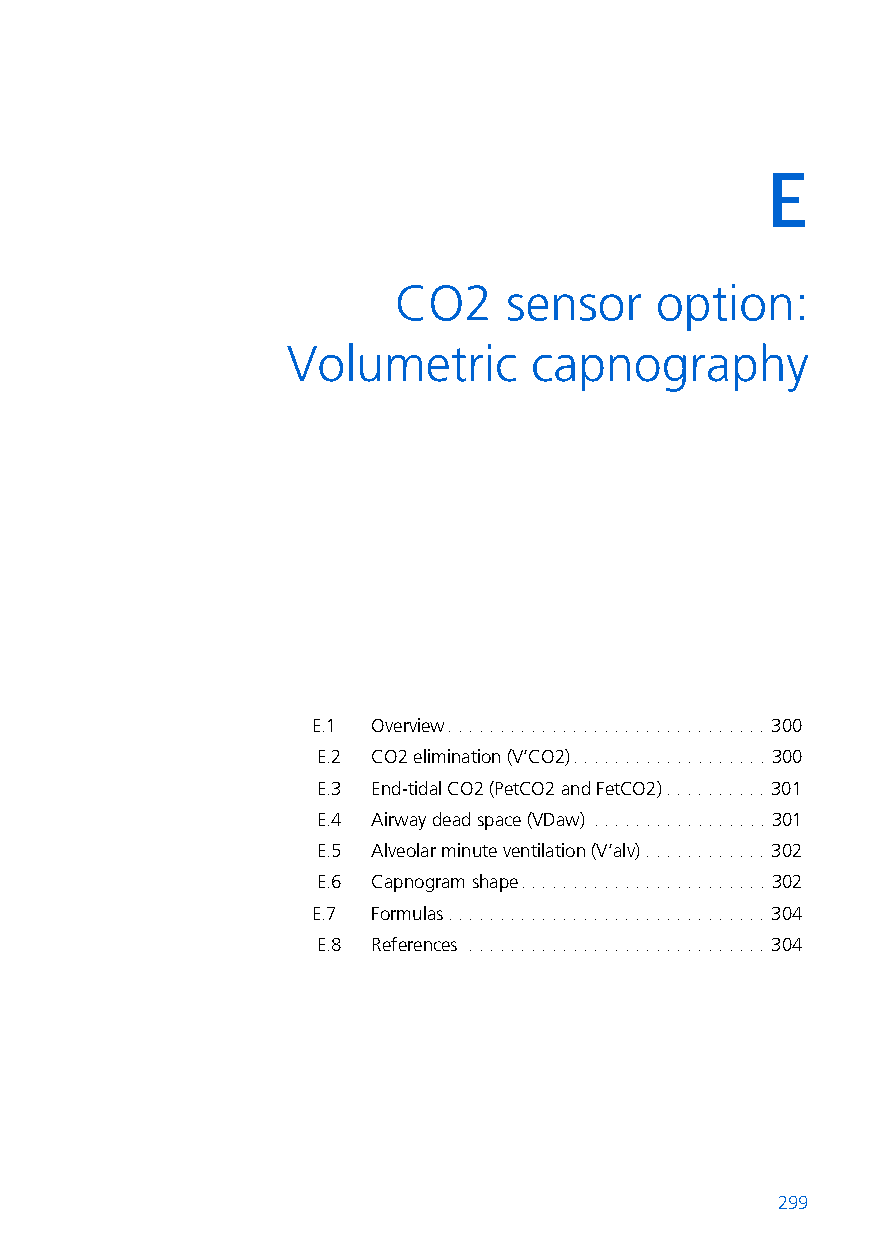
E
 E CO2     sensor    option:
 Volumetric      capnography
 E.1 Overview. . . . . . . . . . . . . . . . . . . . . . . . . . . . . . . 300
 E.2 CO2 elimination (V’CO2). . . . . . . . . . . . . . . . . . . 300
 E.3 End-tidal CO2 (PetCO2 and FetCO2). . . . . . . . . . 301
 E.4 Airway dead space (VDaw) . . . . . . . . . . . . . . . . . 301
 E.5 Alveolar minute ventilation (V’alv) . . . . . . . . . . . . 302
 E.6 Capnogram shape. . . . . . . . . . . . . . . . . . . . . . . . 302
 E.7 Formulas. . . . . . . . . . . . . . . . . . . . . . . . . . . . . . . 304
 E.8 References . . . . . . . . . . . . . . . . . . . . . . . . . . . . . 304
 299